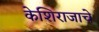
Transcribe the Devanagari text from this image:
केशिराजाचे